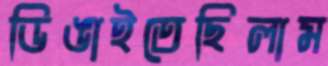
ডিঙাইতেছিলাম